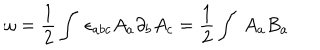
{ \omega } = \frac { 1 } { 2 } \int \ { \epsilon } _ { a b c } A _ { a } \partial _ { b } A _ { c } = \frac { 1 } { 2 } \int \ A _ { a } B _ { a }